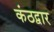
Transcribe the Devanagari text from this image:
कंठद्वार